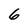
Character: 6